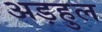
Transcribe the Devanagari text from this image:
अड़हुल